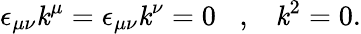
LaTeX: \epsilon_{\mu\nu}\mathit{k}^{\mu}=\epsilon_{\mu\nu}\mathit{k}^{\nu}=0\, \, \, \, \, ,\, \, \, \, \, \mathit{k}^{2}=0.